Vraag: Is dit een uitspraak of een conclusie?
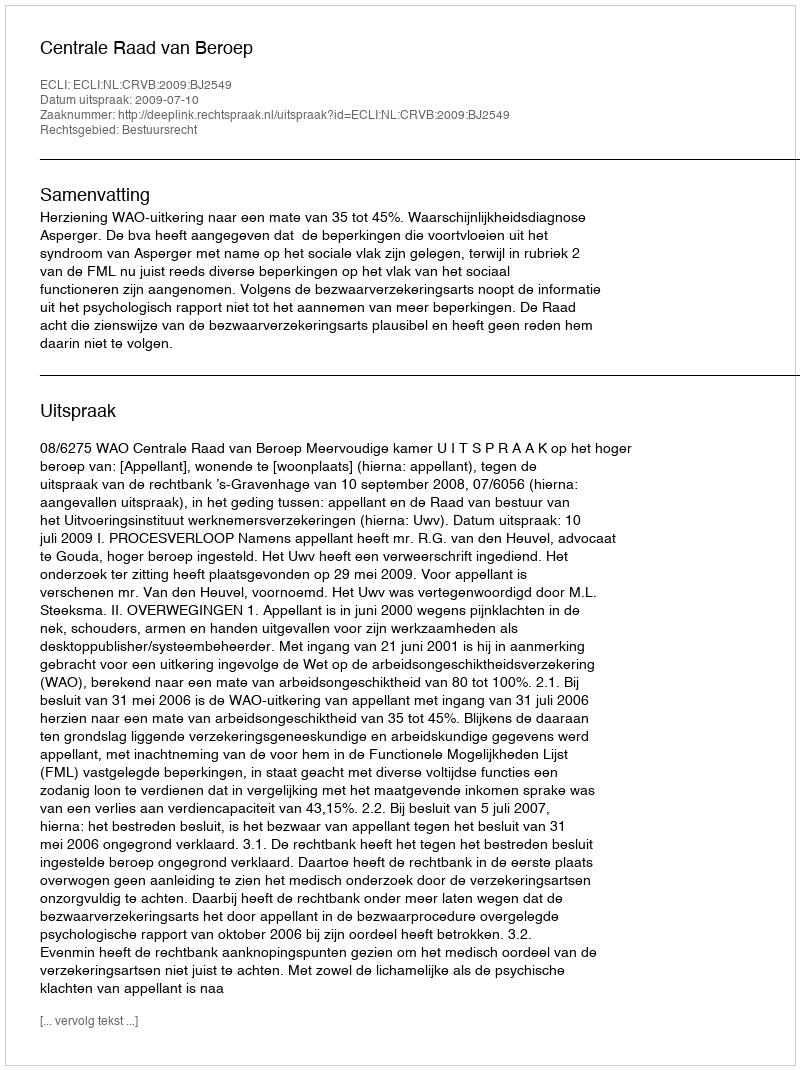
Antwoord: Uitspraak